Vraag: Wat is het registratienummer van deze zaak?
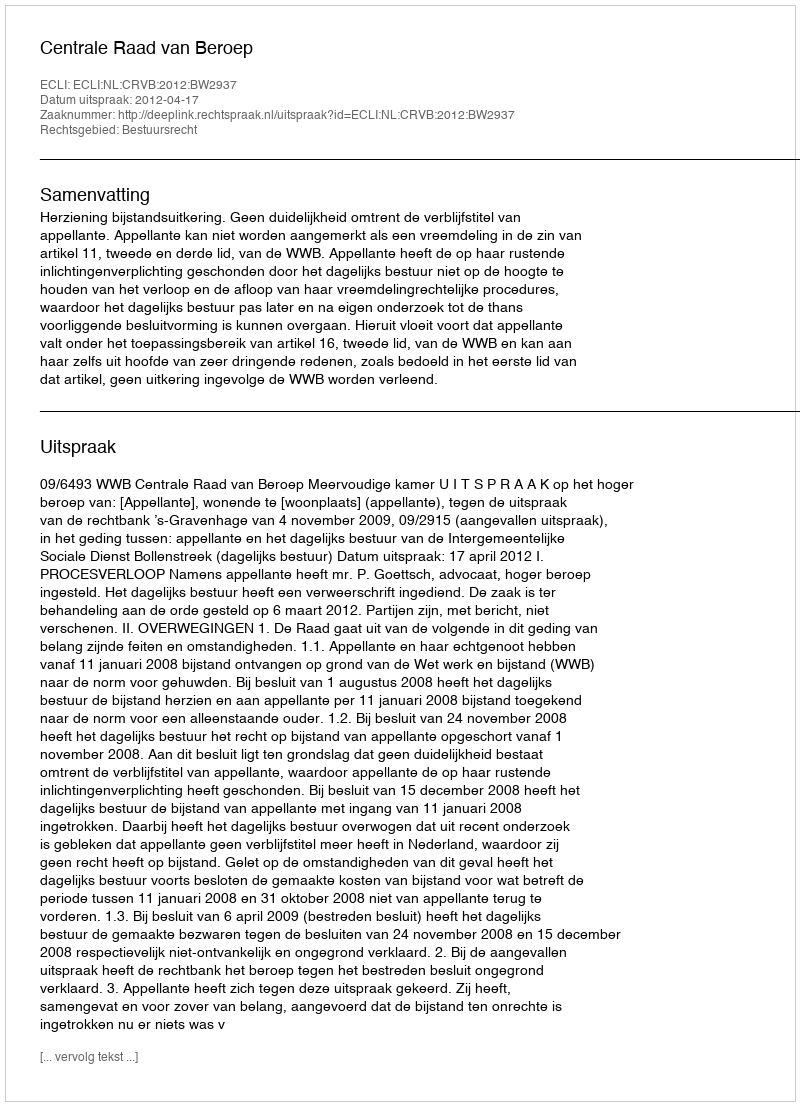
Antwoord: http://deeplink.rechtspraak.nl/uitspraak?id=ECLI:NL:CRVB:2012:BW2937